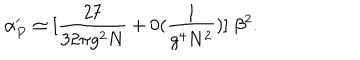
\alpha _ { P } ^ { \prime } \simeq [ { \frac { 2 7 } { 3 2 \pi g ^ { 2 } N } } + 0 ( \frac { 1 } { g ^ { 4 } N ^ { 2 } } ) ] \; { \beta ^ { 2 } } .